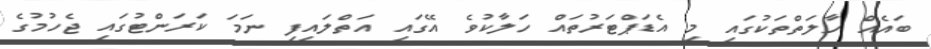
ބައެއް ހާލަތްތަކުގައި މި އެޑަޕްޓަރުތައް ހަލާކުވެ އޭގައި އަތްލައިފި ނަމަ ކަރަންޓުގައި ޖެހުމުގެ